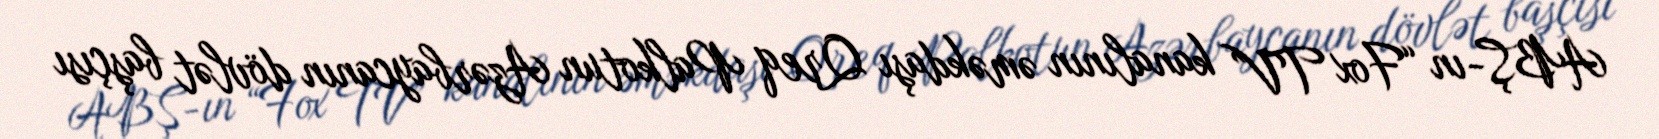
ABŞ-ın “Fox TV” kanalının əməkdaşı Qreq Palkotun Azərbaycanın dövlət başçısı